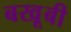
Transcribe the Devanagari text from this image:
बखू़बी